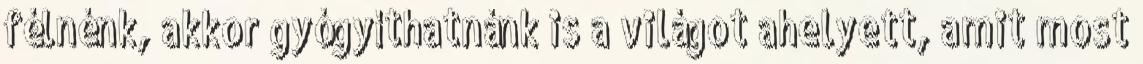
félnénk, akkor gyógyíthatnánk is a világot ahelyett, amit most